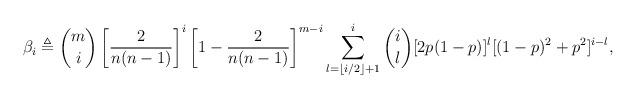
LaTeX: \begin{align*}\beta_i\triangleq {m\choose i}\left[\frac{2}{n(n-1)}\right]^i\left[1-\frac{2}{n(n-1)}\right]^{m-i}\sum_{l=\lfloor i/2\rfloor+1}^i{i\choose l}[2p(1-p)]^l[(1-p)^2+p^2]^{i-l},\end{align*}